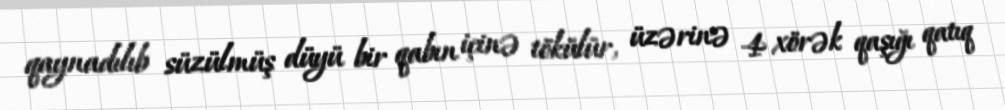
qaynadılıb süzülmüş düyü bir qabın içinə tökülür, üzərinə 4 xörək qaşığı qatıq